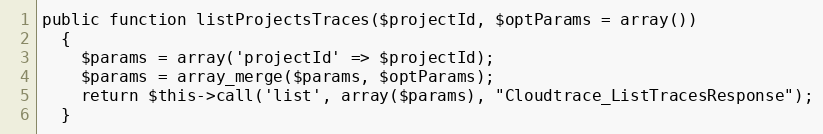
Language: PHP
public function listProjectsTraces($projectId, $optParams = array())
  {
    $params = array('projectId' => $projectId);
    $params = array_merge($params, $optParams);
    return $this->call('list', array($params), "Cloudtrace_ListTracesResponse");
  }